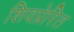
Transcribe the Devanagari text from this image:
शिवप्रेरित